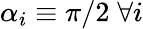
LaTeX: \alpha_{i}\equiv\pi/2\; \forall i